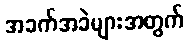
အခက်အခဲများအတွက်